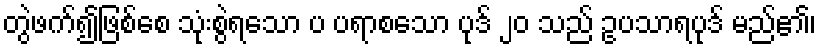
တွဲဖက်၍ဖြစ်စေ သုံးစွဲရသော ပ ပရာစသော ပုဒ် ၂၀ သည် ဥပသာရပုဒ် မည်၏၊